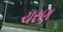
ચરણ